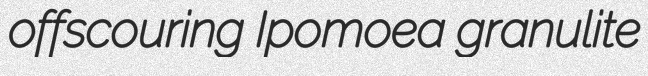
offscouring Ipomoea granulite